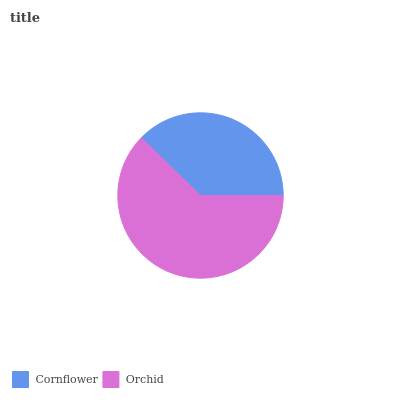
| Cornflower | Orchid |
 | --- | --- |
 | 37.7% | 62.3% |